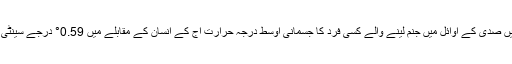
اس طرح انیسویں صدی کے اوائل میں جنم لینے والے کسی فرد کا جسمانی اوسط درجہ حرارت آج کے انسان کے مقابلے میں 0.59° درجے سینٹی گریڈ زیادہ تھا۔